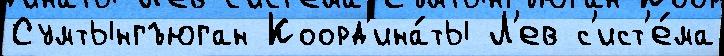
Сумтынгъюган Коорд'ина́ты Л'ев с'ист'е́ма